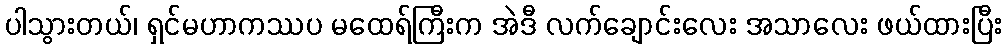
ပါသွားတယ်၊ ရှင်မဟာကဿပ မထေရ်ကြီးက အဲဒီ လက်ချောင်းလေး အသာလေး ဖယ်ထားပြီး